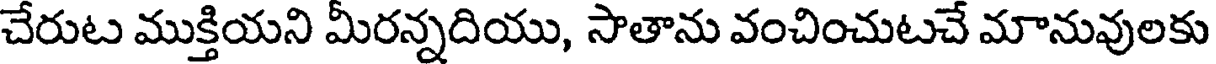
చేరుట ముక్తియని మీరన్నదియు, సాతాను వంచించుటచే మానువులకు